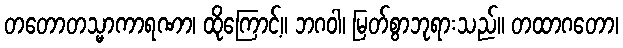
တတောတသ္မာကာရဏာ၊ ထိုကြောင့်။ ဘဂဝါ၊ မြတ်စွာဘုရားသည်။ တထာဂတော၊